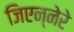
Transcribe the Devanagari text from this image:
जिएन्नेरे